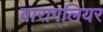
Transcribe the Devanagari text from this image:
वारागलियर